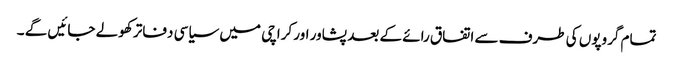
تمام گروپوں کی طرف سے اتفاق رائے کے بعد پشاور اور کراچی میں سیاسی دفاتر کھولے جائیں گے ۔